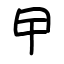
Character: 曱